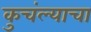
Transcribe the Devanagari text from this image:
कुचंल्याचा